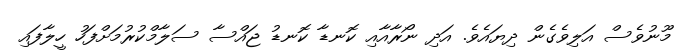
މޫނުވެސް އަލިވެގެން ދިޔައެވެ. އަދި ނޯރާއާއި ކޮނޑާ ކޮނޑު ޖައްސާ ސަލާމްކުރުމަށްފަހު ހީލާފައި